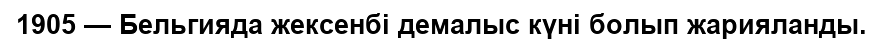
1905 — Бельгияда жексенбі демалыс күні болып жарияланды.